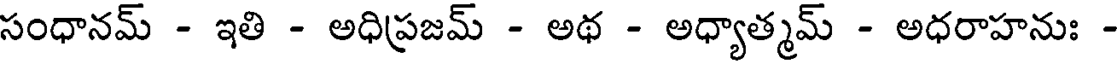
సంధానమ్ - ఇతి - అధిప్రజమ్ - అథ - అధ్యాత్మమ్ - అధరాహనుః -